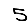
Digit: 5